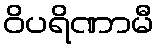
ဝိပရိဏာမီ